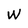
Character: W